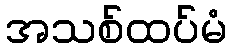
အသစ်ထပ်မံ